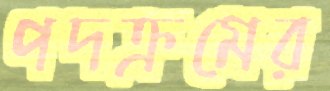
পদক্রমের